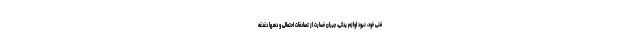
فنی خود، نبود لوازم یدکی، جبران خسارت از تصادفات احتمالی و دهها دغدغه